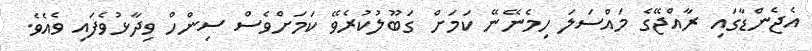
އެޖެންޑާގައި ރާއްޖޭގެ މައްސަލަ ހިމެނޭނޭ ކަމަށް ގަބޫލުކުރެވޭ ކަމަށްވެސް ސިންހް ވިދާޅުވެފައި ވެއެވެ.